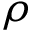
\rho